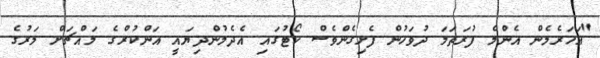
"އަހަރެމެން އެންމެ ފުރަތަމަ ދުވަހުން ފެށިގެންވެސް ކޯޓުގައި އެދެމުންދިޔައީ އަންކުރްގެ މައްޗަށް މަރުގެ